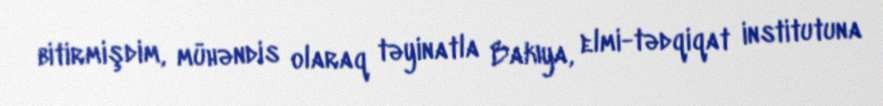
bitirmişdim, mühəndis olaraq təyinatla Bakıya, elmi-tədqiqat institutuna